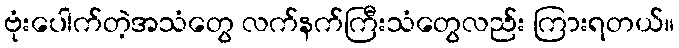
ဗုံးပေါက်တဲ့အသံတွေ လက်နက်ကြီးသံတွေလည်း ကြားရတယ်။